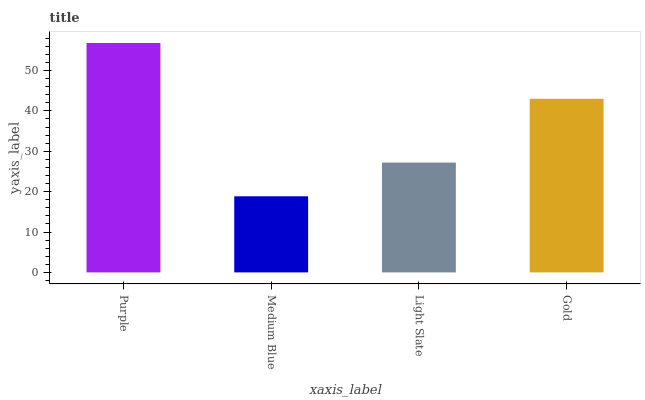
| xaxis_label | bars |
 | --- | --- |
 | Purple | 56.8 |
 | Medium Blue | 18.8 |
 | Light Slate | 27.2 |
 | Gold | 43 |